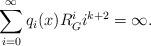
LaTeX: \begin{align*}\sum_{i=0}^{\infty} q_i(x)R_G^i i^{k+2} =\infty.\end{align*}